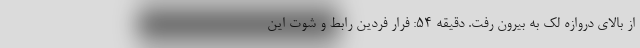
از بالای دروازه لک به بیرون رفت. دقیقه 54: فرار فردین رابط و شوت این